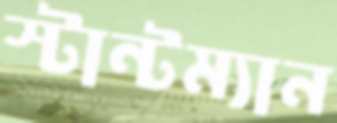
স্টান্টম্যান